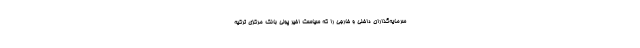
سرمایه‌گذاران داخلی و خارجی را که سیاست اخیر پولی بانک مرکزی ترکیه